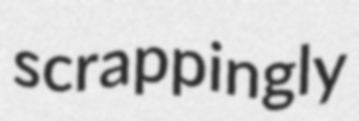
scrappingly